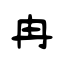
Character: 冉